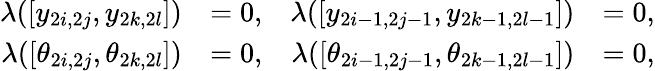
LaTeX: \begin{array}{rlrl}{\lambda([y_{2i,2j},y_{2k,2l}])}&{=0,}&{\lambda([y_{2i-1,2j-1},y_{2k-1,2l-1}])}&{=0,}\\ {\lambda([\theta_{2i,2j},\theta_{2k,2l}])}&{=0,}&{\lambda([\theta_{2i-1,2j-1},\theta_{2k-1,2l-1}])}&{=0,}\end{array}